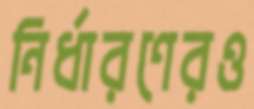
নির্ধারণেরও